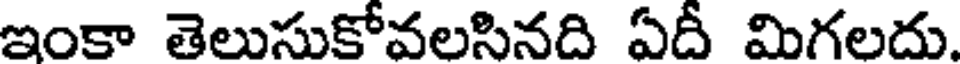
ఇంకా తెలుసుకోవలసినది ఏదీ మిగలదు.